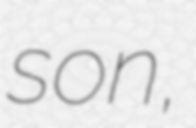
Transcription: son,